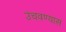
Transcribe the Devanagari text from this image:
उंचवण्यास